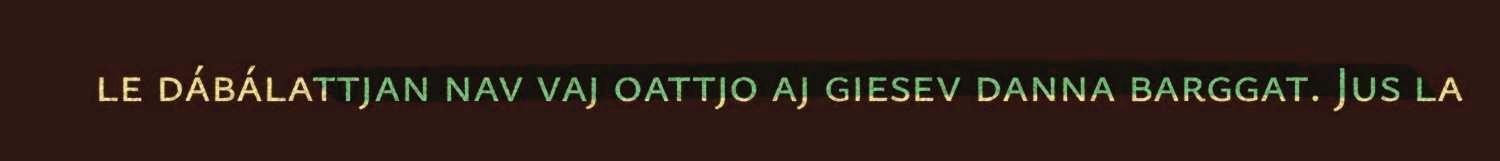
le dábálattjan nav vaj oattjo aj giesev danna barggat. Jus la